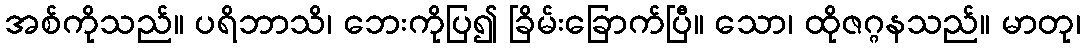
အစ်ကိုသည်။ ပရိဘာသိ၊ ဘေးကိုပြ၍ ခြိမ်းခြောက်ပြီ။ သော၊ ထိုဇဂ္ဂနသည်။ မာတု၊